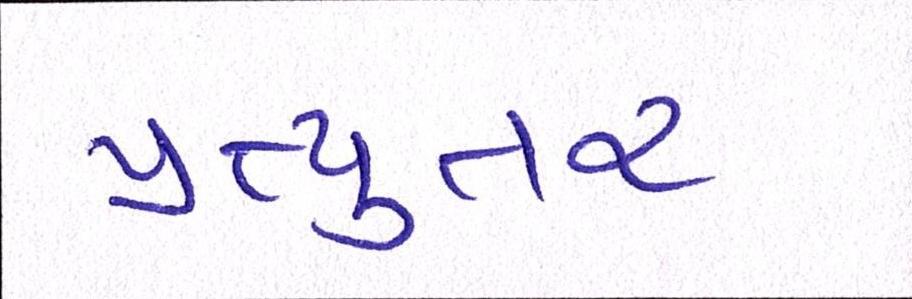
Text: પ્રત્યુતર